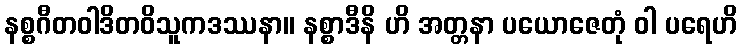
နစ္စဂီတဝါဒိတဝိသူကဒဿနာ။ နစ္စာဒီနိ ဟိ အတ္တနာ ပယောဇေတုံ ဝါ ပရေဟိ